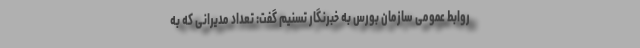
روابط عمومی سازمان بورس به خبرنگار تسنیم گفت: تعداد مدیرانی که به